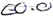
Text: E0.0